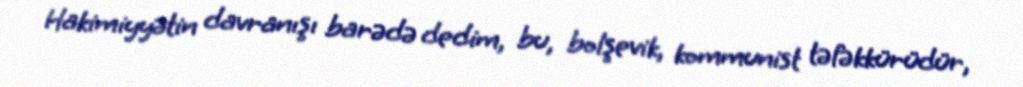
Hakimiyyətin davranışı barədə dedim, bu, bolşevik, kommunist təfəkkürüdür,